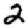
Digit: 2